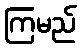
ကြမည်